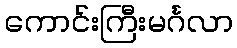
ကောင်းကြီးမင်္ဂလာ